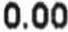
0.00